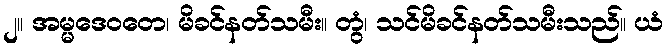
၂။ အမ္မဒေဝတေ၊ မိခင်နတ်သမီး။ တွံ၊ သင်မိခင်နတ်သမီးသည်။ ယံ